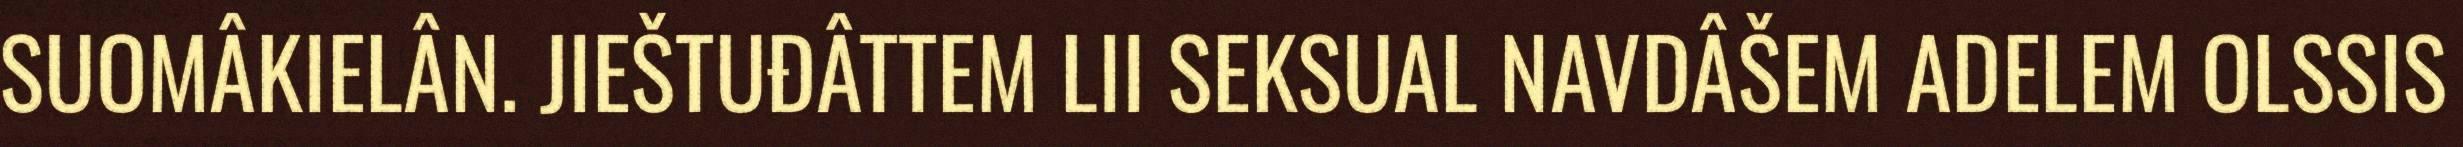
SUOMÂKIELÂN. JIEŠTUĐÂTTEM LII SEKSUAL NAVDÂŠEM ADELEM OLSSIS